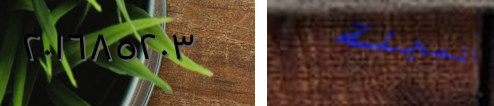
٢٠١٦٨٥٢٠٣ المجلة